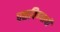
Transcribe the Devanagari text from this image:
पळविण्याची